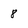
Character: 8